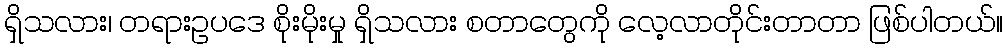
ရှိသလား၊ တရားဥပဒေ စိုးမိုးမှု ရှိသလား စတာတွေကို လေ့လာတိုင်းတာတာ ဖြစ်ပါတယ်။